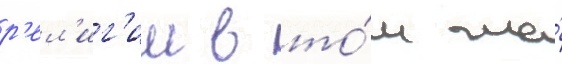
р'ел'иг'ии в то́м же́